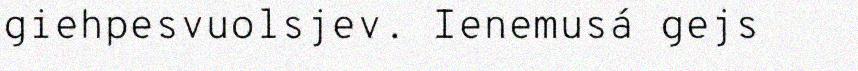
giehpesvuolsjev. Ienemusá gejs